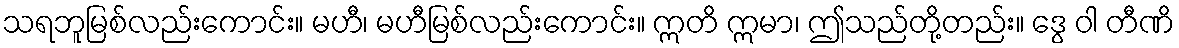
သရဘူမြစ်လည်းကောင်း။ မဟီ၊ မဟီမြစ်လည်းကောင်း။ ဣတိ ဣမာ၊ ဤသည်တို့တည်း။ ဒွေ ဝါ တီဏိ